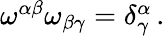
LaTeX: \begin{array}{r}{\omega^{\alpha\beta}\omega_{\beta\gamma}=\delta_{\gamma}^{\alpha}\, .}\end{array}